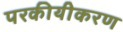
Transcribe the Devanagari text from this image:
परकीयीकरण